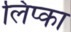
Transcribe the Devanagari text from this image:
लिप्का